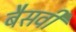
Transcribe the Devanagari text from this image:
बैसवी